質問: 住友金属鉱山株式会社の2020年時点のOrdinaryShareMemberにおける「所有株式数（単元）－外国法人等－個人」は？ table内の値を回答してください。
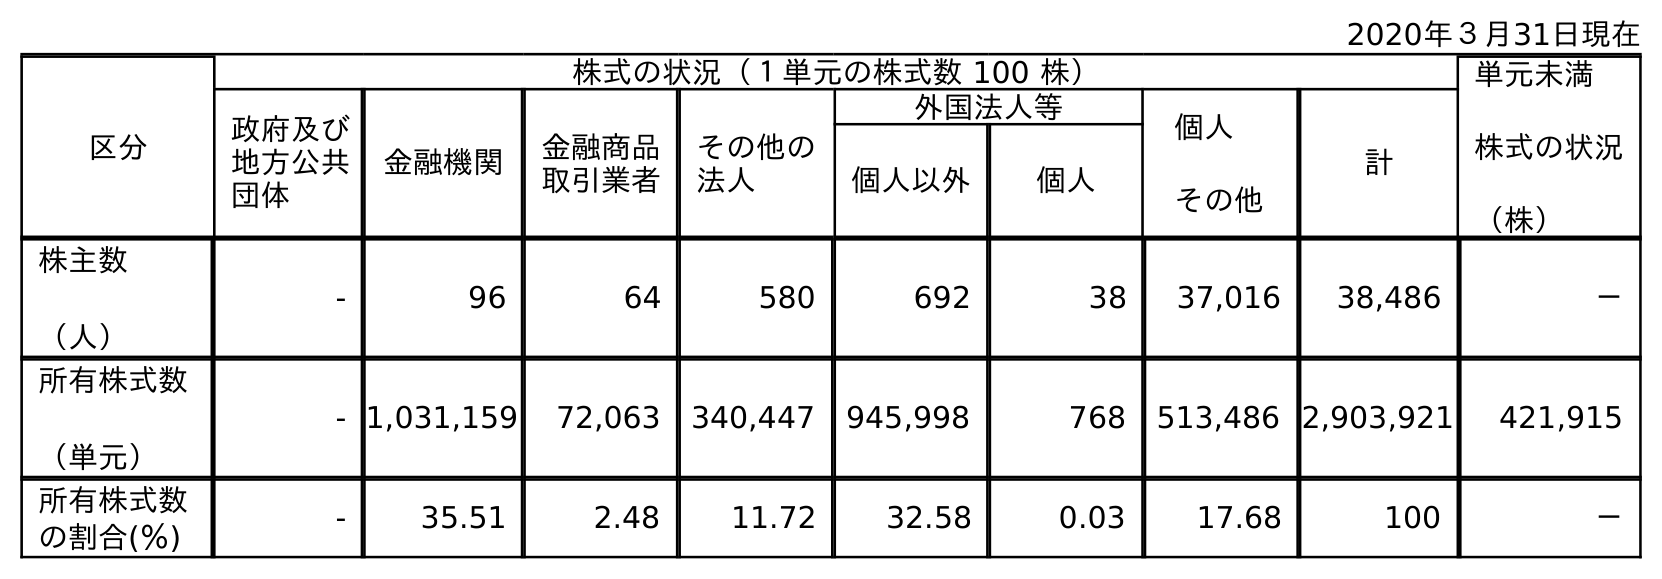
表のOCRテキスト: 2020年３月31日現在 区分 株式の状況（１単元の株式数 100 株） 単元未満 株式の状況 （株） 政府及び 地方公共 団体 金融機関 金融商品 取引業者 その他の 法人 外国法人等 個人 その他 計 個人以外 個人 株主数 （人） - 96 64 580 692 38 37,016 38,486 － 所有株式数 （単元） - 1,031,159 72,063 340,447 945,998 768 513,486 2,903,921 421,915 所有株式数 の割合(％) - 35.51 2.48 11.72 32.58 0.03 17.68 100 －
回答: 768